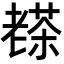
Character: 𦓅